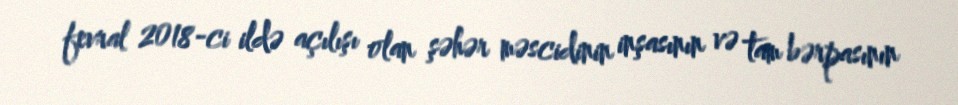
fevral 2018-ci ildə açılışı olan şəhər məscidinin inşasının və tam bərpasının